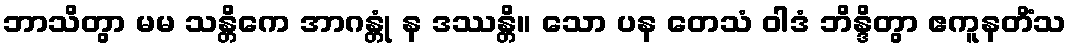
ဘာသိတွာ မမ သန္တိကေ အာဂန္တုံ န ဒဿန္တိ။ သော ပန တေသံ ဝါဒံ ဘိန္ဒိတွာ ဧကူနတိံသ